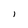
Character: l